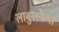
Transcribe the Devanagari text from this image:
लाबुनस्कैया